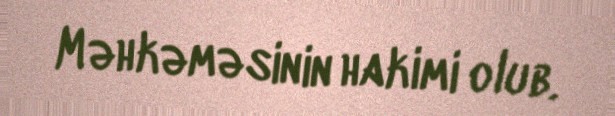
Məhkəməsinin hakimi olub.